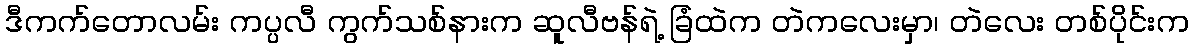
ဒီကက်တောလမ်း ကပ္ပလီ ကွက်သစ်နားက ဆူလီဗန်ရဲ့ ခြံထဲက တဲကလေးမှာ၊ တဲလေး တစ်ပိုင်းက